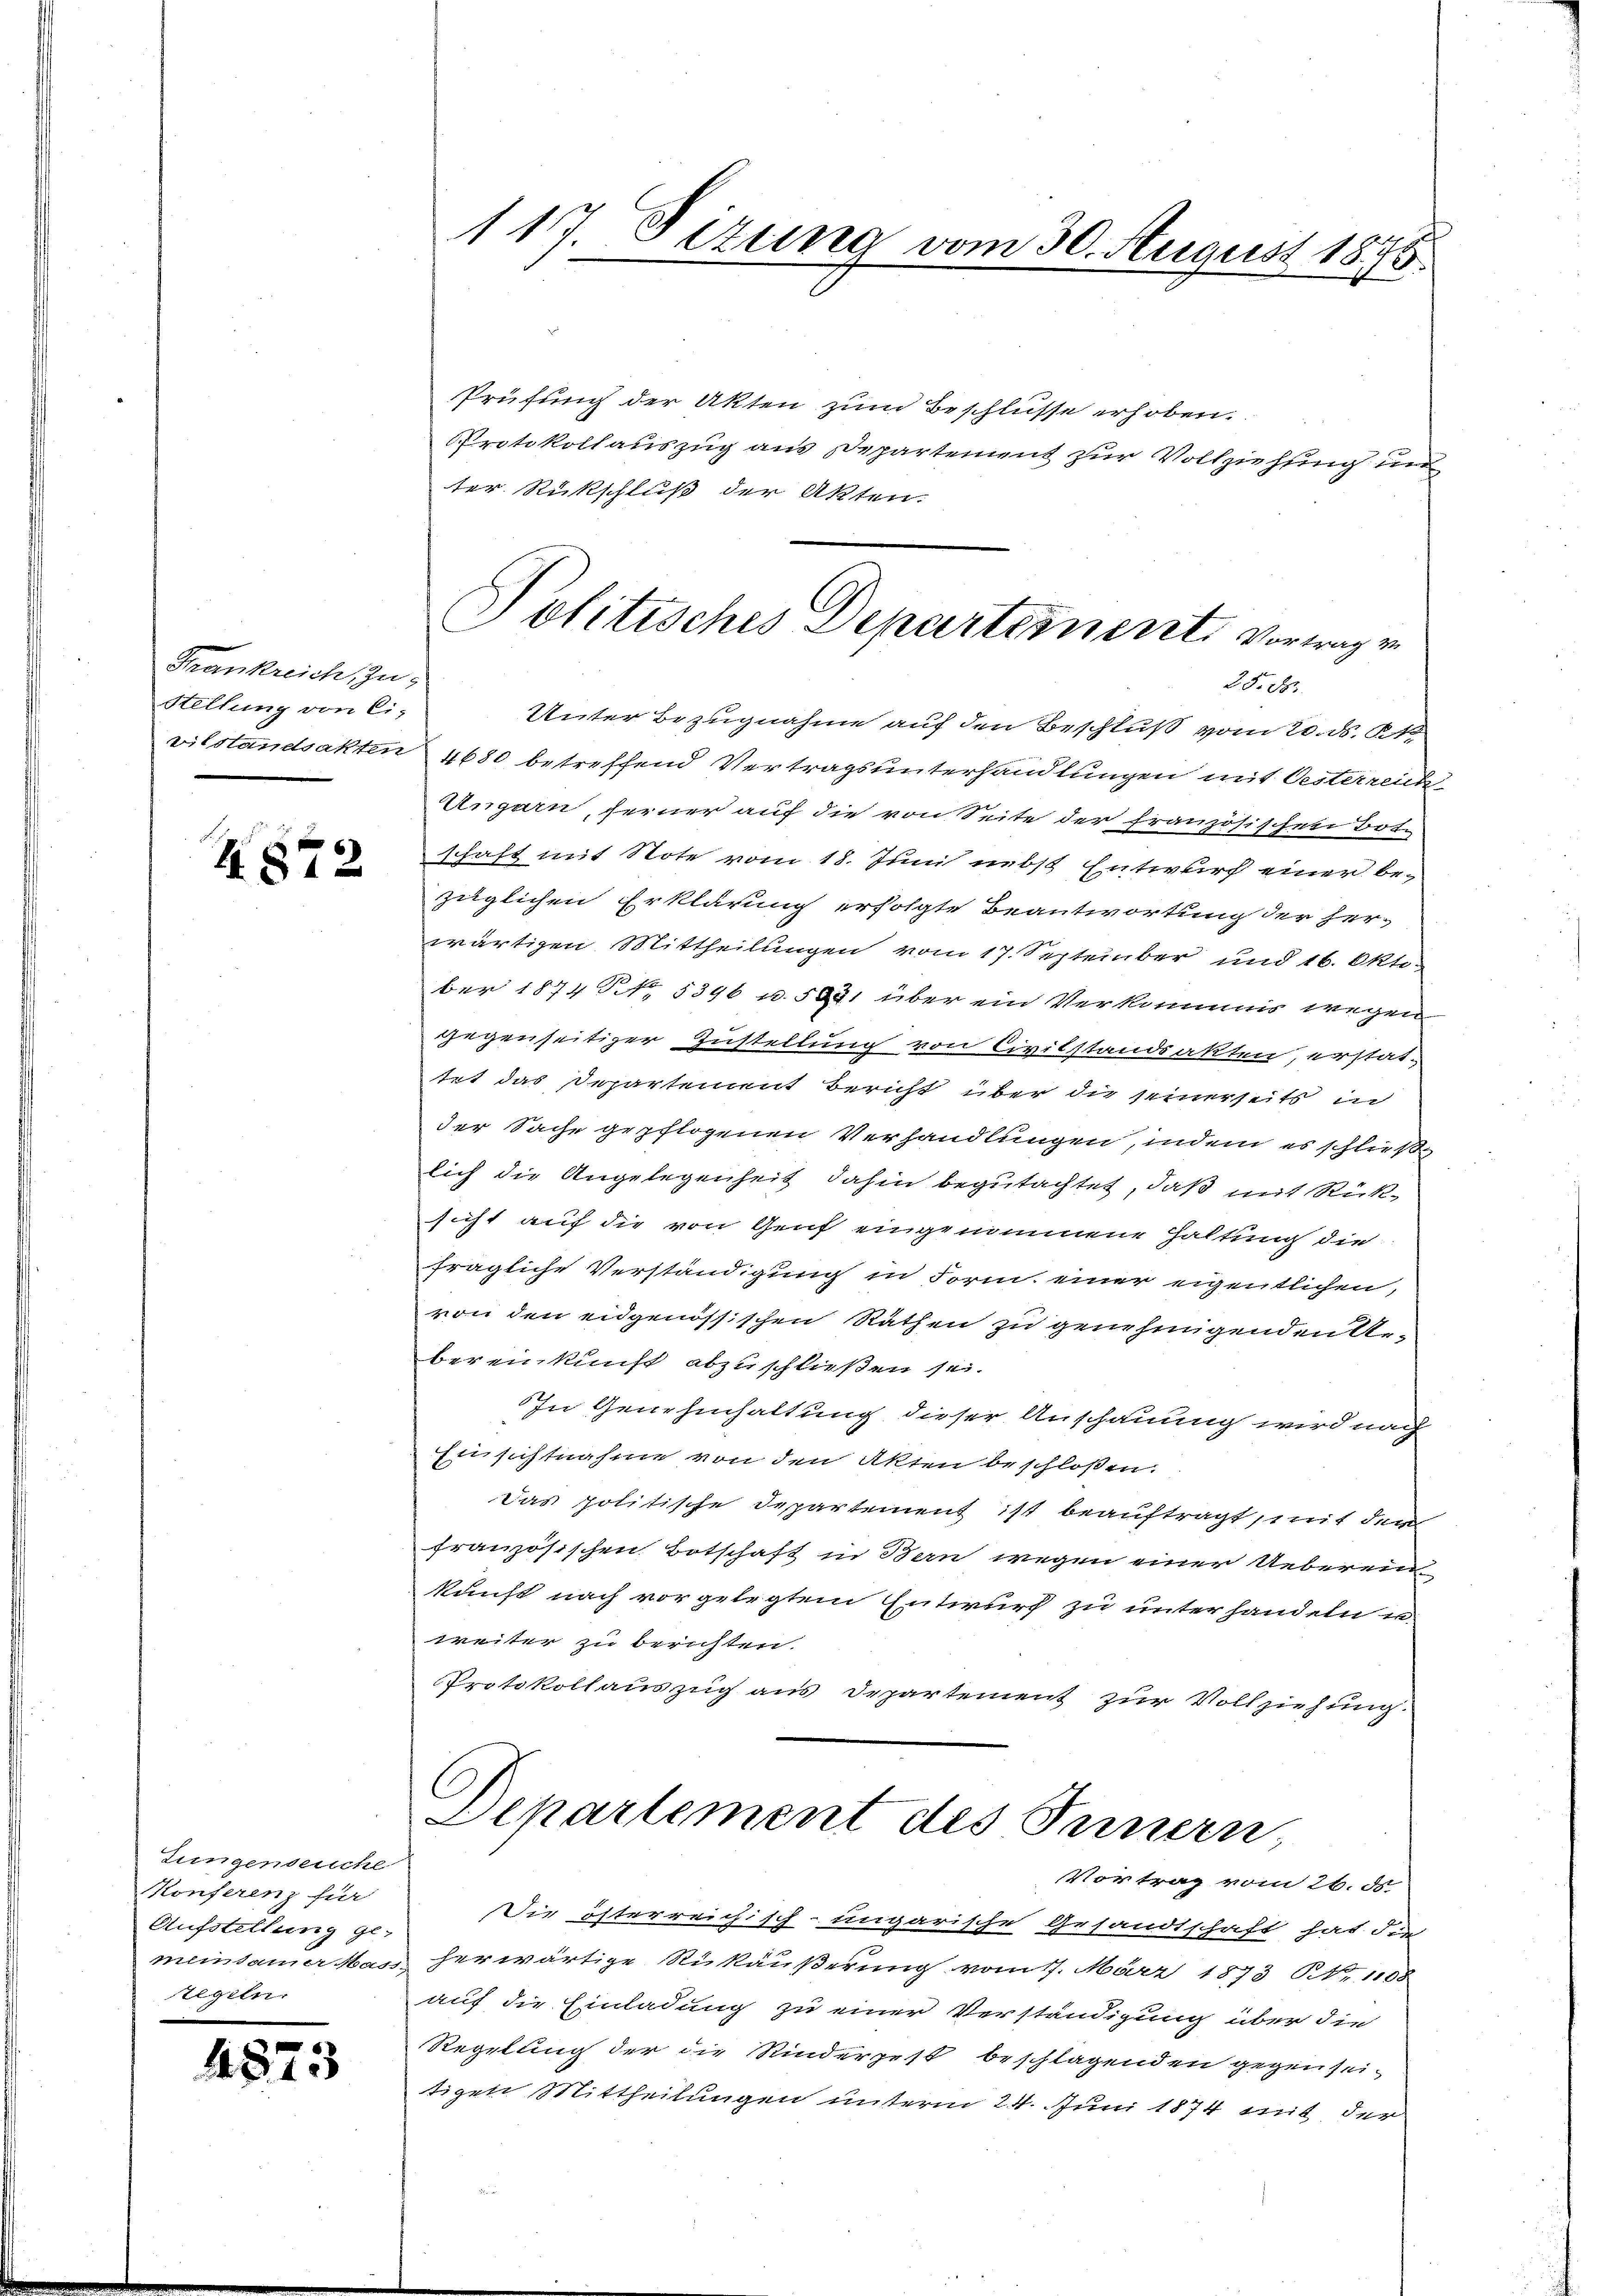
Frankreich, zu¬
Stellung von Ci-

1872

Jungenseuche
Konferenz für
Aufstellung ge-
Tegeln

4873

117. Sizung vom 30. August 1895.

Prüfung der Akten zum Beschlüsse erhoben.
Protokollauszug aus Departement zur Vollziehung un
ter Rückschluß der Akten.
Unter Bezugnahme auf den Beschluß vom 20. ds. K
vilstandsakten 4680 betreffend Vertragsunterhandlungen mit Oesterreich
Ungarn, ferner auf die von Seite der französischen Bot-
schaft mit Note vom 18. Juni nebst Entwurf einer bezüglichen Erklärung erfolgte Beantwortung der her-
wärtigen Mittheilungen vom 17. September und 16. Oktober 1874 NNo. 5396 u. 531 über ein Verkommnis wegen
gegenseitiger Zustellung von Civilstandsakten, erstat-
tet das Departement Bericht über die seinerseits in
der Sache gepflogenen Verhandlungen, indem es schließe
lich die Angelegenheit dahin begutachtet, daß mit Rücksicht auf die von Genf eingenommene Haltung die
fragliche Verständigung in Form einer eigentlichen,
von den eidgenössischen Räthen zu genehmigenden Urbereinkunft abzuschließen sei.
In Genehmhaltung dieser Anschauung wird nach
Ensichtnahme von den Akten beschloßen.
Das politische Departement ist beauftragt, mit der
französischen Botschaft in Bern wegen einer Uebereinkunft nach vorgelegtem Entwurf zu unterhandeln u.
weiter zu berichten.
Protokollauszug aus Departement zur Vollziehung.
C
Departement des Innern,
Vortrag vom 26. ds
Die österreichisch-ungarische Gesandtschaft hat die
meinsamer Mass herwärtige Rükäußerung vom 17. März 1873 NNo. 1108
auf die Einladung zu einer Verständigung über die
Regelung der die Kinderpest beschlagenden gegen seitigen Mittheilungen unterm 24. Juni 1874 mit der

Politisches Departement, Vortrage
25. ds.